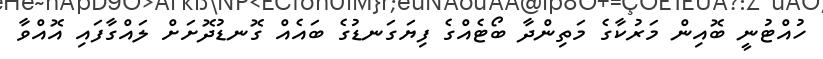
ހުއްޓުނީ ބޮއިން މަރުކާގެ މަތިންދާ ބޯޓެއްގެ ފިޔަގަނޑުގެ ބައެއް ގޮނޑުދޮށަށް ލައްގާފައި އޮއްވާ